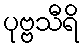
ပုဗ္ဗသီရိ